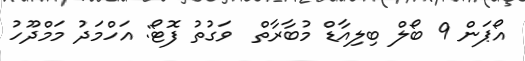
އޯޕަން 9 ބޯލް ބިލިއާޑް މުބާރާތް  ވަގުތު ފޮޓޯ: އަހްމަދު މަމްދޫހު